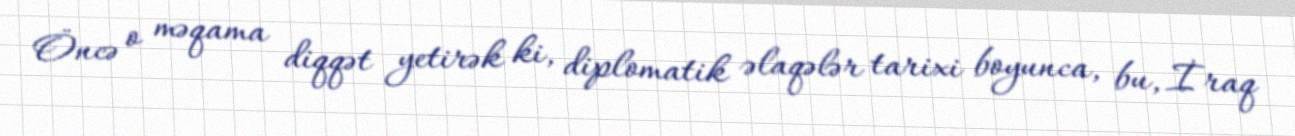
Öncə o məqama diqqət yetirək ki, diplomatik əlaqələr tarixi boyunca, bu, İraq